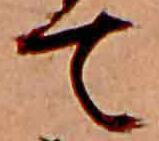
て